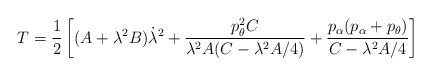
\begin{align*}T=\frac{1}{2}\left[(A+\lambda^{2}B)\dot{\lambda}^{2}+\frac{p_{\theta}^{2}C}{\lambda^{2}A(C-\lambda^{2}A/4)}+\frac{p_{\alpha}(p_{\alpha}+p_{\theta})}{C-\lambda^{2}A/4}\right]\end{align*}